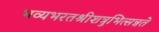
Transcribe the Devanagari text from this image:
भव्यभरतश्रीशत्रुभित्सन्नते